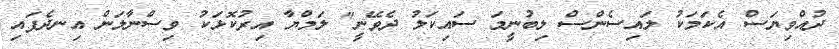
ދުއްވިޔަސް އެކަމަކު ލައިސެންސް ލިބުނީމަ ސައިކަލު ދެވޭނީ" ލަމްޔާ އިރުކޮޅަކު ވިސްނާލަން އިނދެފައި